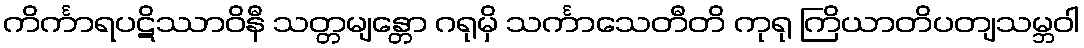
ကိင်္ကာရပဋိဿာဝိနီ သတ္တမျန္တော ဂရုမှိ သင်္ကာသေတီတိ ကုရု ကြိယာတိပတျသမ္ဘဝါ